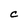
Character: C